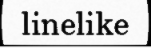
linelike